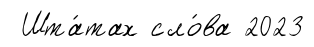
Шта́тах сло́ва 2023